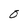
Character: O